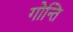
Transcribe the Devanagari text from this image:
गोन्ति